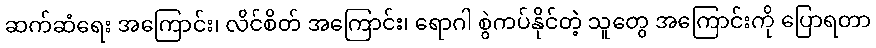
ဆက်ဆံရေး အကြောင်း၊ လိင်စိတ် အကြောင်း၊ ရောဂါ စွဲကပ်နိုင်တဲ့ သူတွေ အကြောင်းကို ပြောရတာ